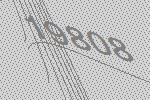
19808